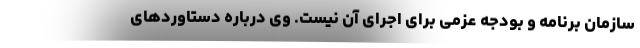
سازمان برنامه و بودجه عزمی برای اجرای آن نیست. وی درباره دستاوردهای